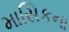
માસિકના